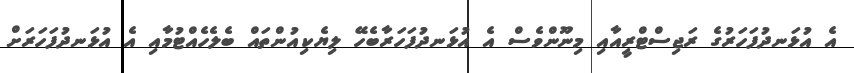
އެ އުޅަނދުފަހަރުގެ ރަޖިސްޓްރީއާއި މިނޫންވެސް އެ އުޅަނދުފަހަރާބެހޭ ލިޔެކިއުންތައް ބެލެހެއްޓުމާއި އެ އުޅަނދުފަހަރަށް